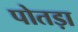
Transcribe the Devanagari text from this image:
पोतड़ा